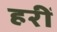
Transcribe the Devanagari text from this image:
हरीं